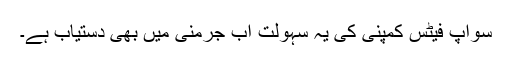
سواپ فیٹس کمپنی کی یہ سہولت اب جرمنی میں بھی دستیاب ہے۔